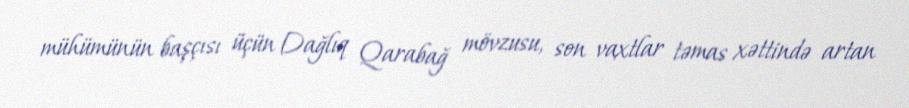
mühümünün başçısı üçün Dağlıq Qarabağ mövzusu, son vaxtlar təmas xəttində artan